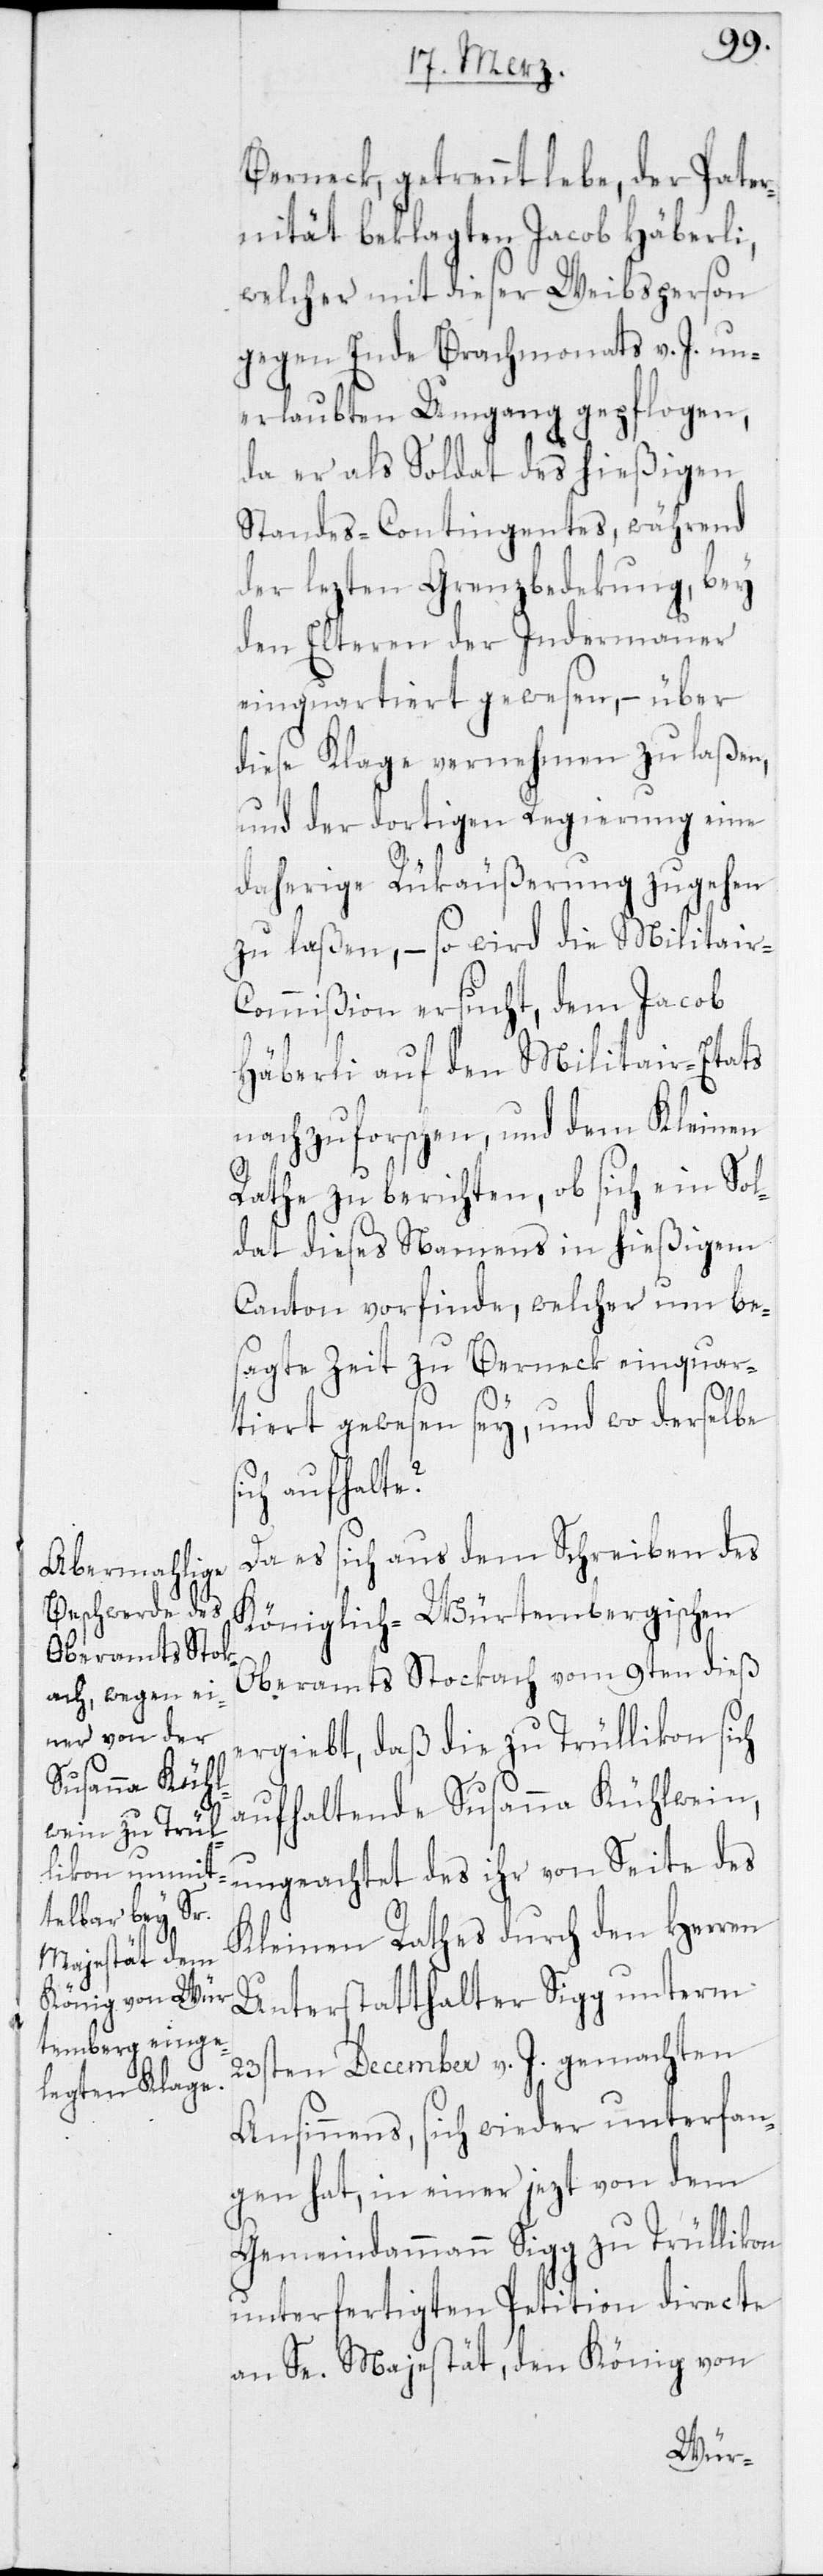
Berneck, getrennt lebe, der Pater¬
nität beklagten Jacob Häberli,
welcher mit dieser Weibsperson
gegen Ende Brachmonats v. J. un¬
erlaubten Umgang gepflogen,
da er als Soldat des hießigen
Standes-Contingentes, während
der lezten Grenzbedeckung, bey
den Elteren der Indermauer
einquartiert gewesen, – über
diese Klage vernehmen zu laßen,
und der dortigen Regierung eine
daherige Rükäußerung zugehen
zu laßen, – so wird die Militair-C¬
ommißion ersucht, dem Jacob
Häberli auf den Militair-Etats
nachzuforschen, und dem Kleinen
Rathe zu berichten, ob sich ein Sol¬
dat dieses Namens in hießigem
Canton vorfinde, welcher um bes¬
agte Zeit zu Berneck einquar¬
tiert gewesen sey, und wo derselbe
aufhalte?
Da es sich aus dem Schreiben des
Königlich-Würtembergischen
Oberamts Stockach vom 9ten dieß
ergiebt, daß die zu Trüllikon sich
aufhaltende Susanna Kühlwein,
ungeachtet des ihr von Seite des
Kleinen Rathes durch den Herren
Unterstatthalter Sigg unterm
23sten December v. J. gemachten
Ansinnens, sich wieder unterfan¬
gen hat, in einer jezt von dem
Gemeindammann Sigg zu Trüllikon
unterfertigten Petition directe
an Se. Majestät, den König von